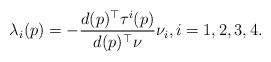
LaTeX: \begin{align*}\lambda_i(p)=-\frac{d(p)^\top\tau^i(p)}{d(p)^\top\nu}\nu_i,i=1,2,3,4.\end{align*}